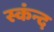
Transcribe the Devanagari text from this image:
स्कंन्द